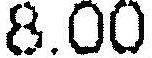
8.00